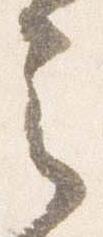
之